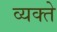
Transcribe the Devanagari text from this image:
व्यक्ते